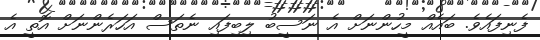
ފެނިފައެވެ. ބައެއް މީހުންނަށް އެ ނަސީބު ލިބިފައި ނެތަސް އަހަރެންނަށް އޮތީ އެ